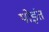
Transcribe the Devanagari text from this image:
पोइंत